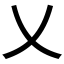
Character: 乂